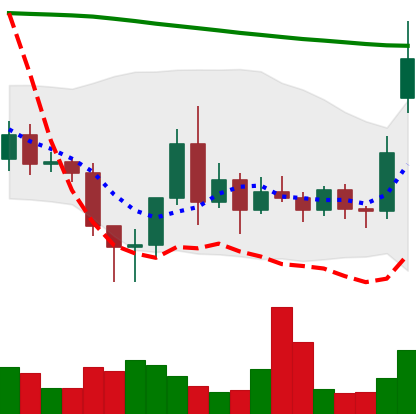
Ticker: ETC-USD
Chart end date: 2020-11-17
Forward return: 4.406%
Label: up_3_5